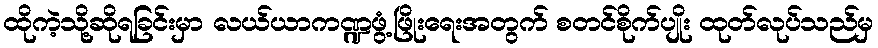
ထိုကဲ့သို့ဆိုရခြင်းမှာ လယ်ယာကဏ္ဍဖွံ့ဖြိုးရေးအတွက် စတင်စိုက်ပျိုး ထုတ်လုပ်သည်မှ